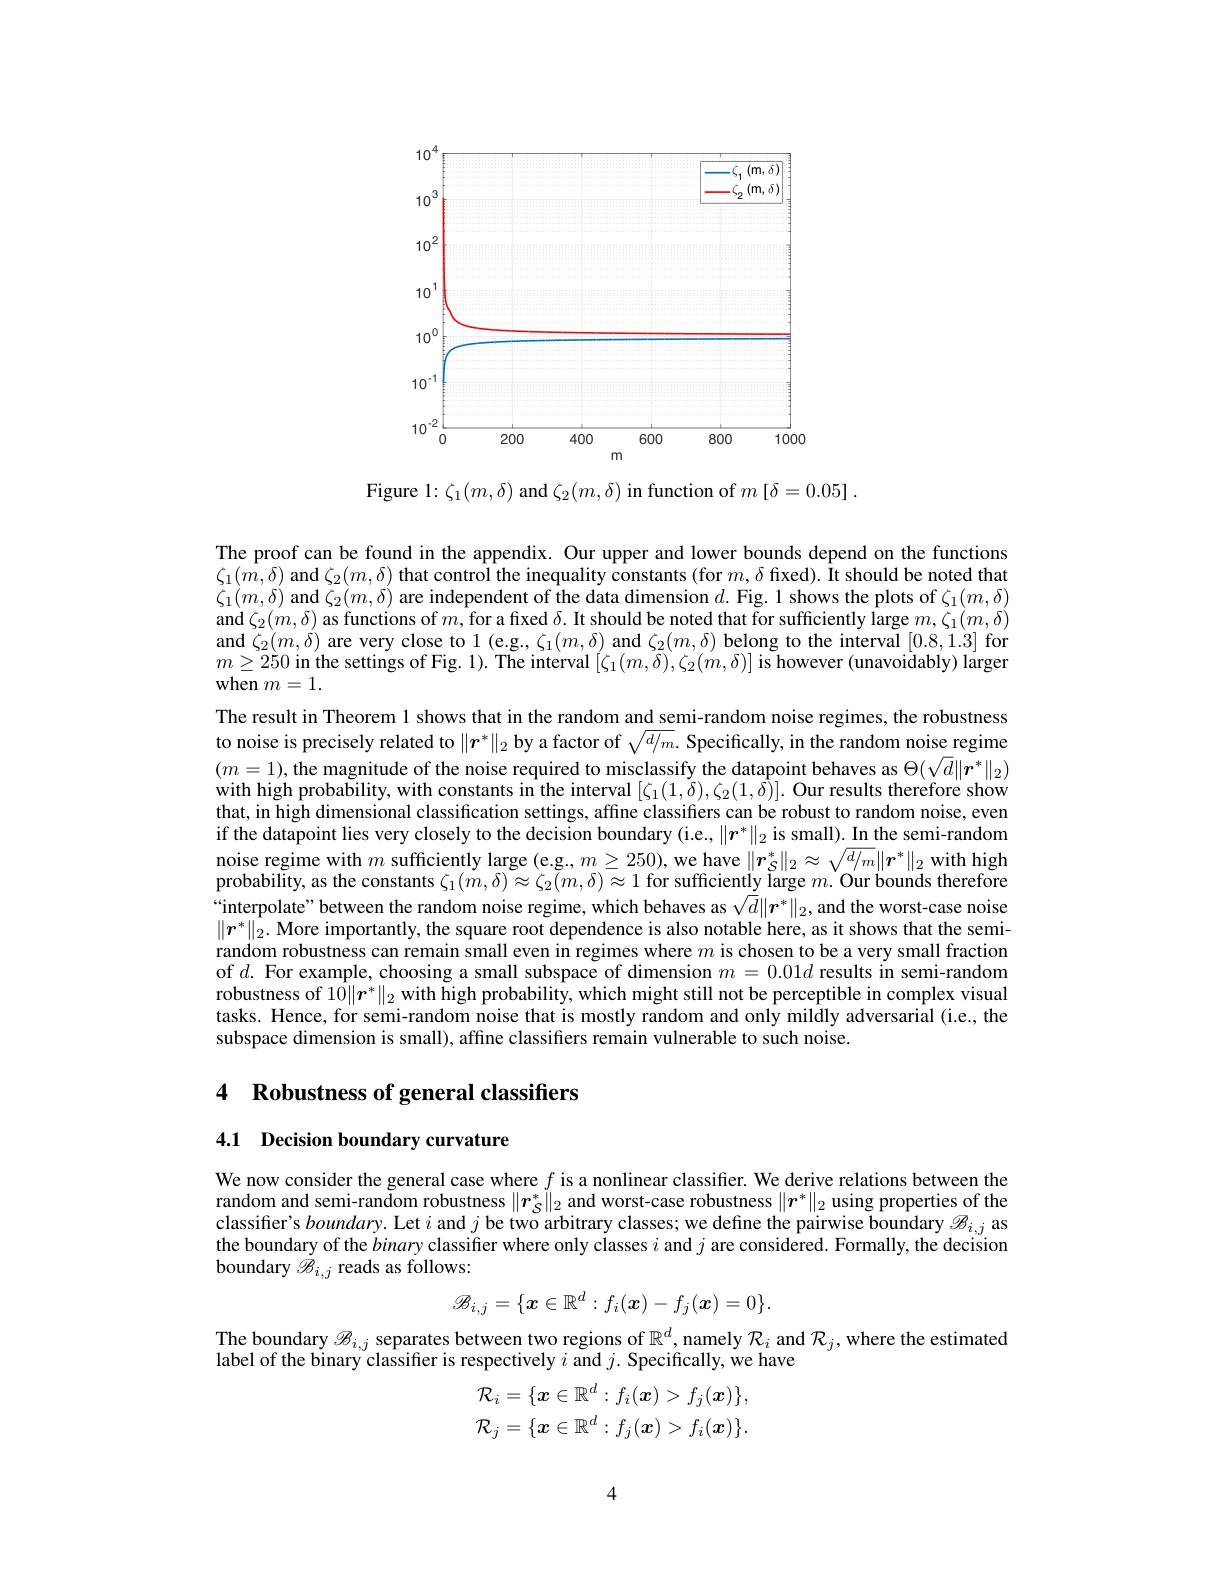
<FigureHere>

${\mathrm{Figure~1:~}\zeta_{1}(m,\delta)}$and$\zeta_2(m,\delta)$ in function of $m\left[\delta=0.05\right].$

The proof can be found in the appendix. Our upper and lower bounds depend on the functions $\zeta_1(m,\delta)$ and $\zeta_2(m,\delta)$ that control the inequality constants (for $m,\delta$ fixed). It should be noted that $\zeta_{1}(m,\delta)$ and $\zeta_2(m,\delta)$ are independent of the data dimension $d.$ Fig. 1 shows the plots of $\zeta_1(m,\delta)$ and $\zeta_2(m,\delta)$ as functions of $m$, for a fixed $\delta.$ It should be noted that for sufficiently large $m,\zeta_1(m,\delta)$ and $\zeta_2(m,\delta)$ are very close to 1 (e.g., $\zeta_1(m,\delta)$ and $\zeta_2(m,\delta)$ belong to the interval [0.8,1.3] for $m\geq250$ in the settings of Fig. 1). The interval $[\zeta_1(m,\tilde{\delta}),\zeta_2(m,\delta)]$ is however (unavoidably) larger when $m=1.$
The result in Theorem 1 shows that in the random and semi-random noise regimes, the robustness to noise is precisely related to $\|\boldsymbol{r}^*\|_2$ by a factor of $\sqrt{d/m}.$ Specifically, in the random noise regime $(m=1)$, the magnitude of the noise required to misclassify the datapoint behaves as $\Theta(\sqrt{d}\|\boldsymbol{r}^*\|_2)$ with high probability, with constants in the interval $[\zeta_1(1,\tilde{\delta}),\zeta_2(1,\hat{\delta})].$ Our results therefore show that, in high dimensional classification settings, affine classifiers can be robust to random noise, even if the datapoint lies very closely to the decision boundary (i.e., $\|\boldsymbol{r}^*\|_2$ is small). In the semi-random noise regime with $m$ sufficiently large (e.g., $m\geq250)$, we have $\|\boldsymbol{r}_S^*\|_2\approx\sqrt{d/m}\|\boldsymbol{r}^*\|_2$ with high probability, as the constants $\zeta_1(m,\delta)\approx\zeta_2(m,\delta)\approx1$ for sufficiently large $m.$ Our bounds therefore “ interpolate” between the random noise regime, which behaves as $\sqrt {\bar{d} }\| \boldsymbol{r}^* \| _2$, and the worst- case noise $\|\boldsymbol{r}^*\|_2.$ More importantly, the square root dependence is also notable here, as it shows that the semirandom robustness can remain small even in regimes where $m$ is chosen to be a very small fraction of $d.$ For example, choosing a small subspace of dimension $m=0.01d$ results in semi-random robustness of $10\|\boldsymbol{r}^*\|_2$ with high probability, which might still not be perceptible in complex visual tasks. Hence, for semi-random noise that is mostly random and only mildly adversarial (i.e., the subspace dimension is small), affine classifters remain vulnerable to such noise.

## 4 Robustness of general classifiers

4.1 Decision boundary curvature

We now consider the general case where $f$ is a nonlinear classifier. We derive relations between the random and semi-random robustness $\|\boldsymbol{r}_S^*\|_2$ and worst-case robustness $\|\boldsymbol{r}^*\|_2$ using properties of the classifier's boundary. Let $i$ and $j$ be two arbitrary classes; we define the pairwise boundary $\mathscr{B}_i,j$ as the boundary of the binary classifier where only classes $i$ and $j$ are considered. Formally, the decision boundary $\dot{\mathcal{B}}_{i,j}$ reads as follows:
$$\mathscr{B}_{i,j}=\{\boldsymbol{x}\in\mathbb{R}^{d}:f_{i}(\boldsymbol{x})-f_{j}(\boldsymbol{x})=0\}.$$
The boundary $\mathscr{B}_{i,j}$ separates between two regions of $\mathbb{R}^d$, namely $\mathcal{R}_i$ and $\mathcal{R}_j$, where the estimated
label of the binary classifier is respectively $i$ and $j.$ Specifically, we have
$$\mathcal{R}_{i}=\{\boldsymbol{x}\in\mathbb{R}^{d}:f_{i}(\boldsymbol{x})>f_{j}(\boldsymbol{x})\},\\\mathcal{R}_{j}=\{\boldsymbol{x}\in\mathbb{R}^{d}:f_{j}(\boldsymbol{x})>f_{i}(\boldsymbol{x})\}.$$
4